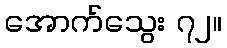
အောက်သွေး ၇၂။